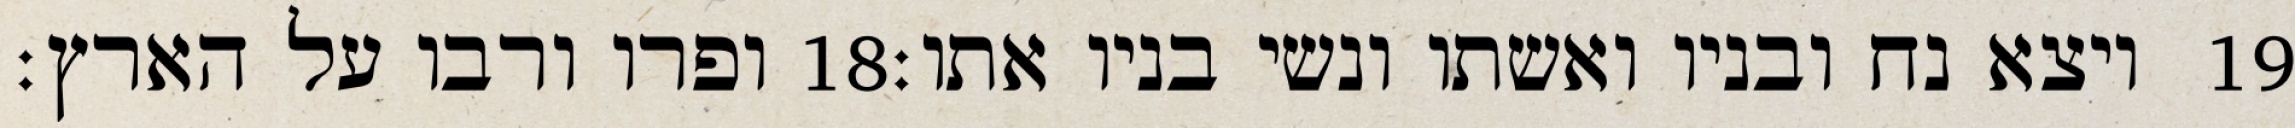
ופרו ורבו על הארץ׃ ‎18‏ ויצא נח ובניו ואשתו ונשי בניו אתו׃ ‎19‏